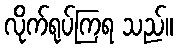
လိုက်ရုပ်ကြရ သည်။